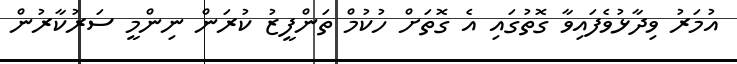
އުމަރު ވިދާޅުވެފައިވާ ގޮތުގައި އެ ގޮތަށް ހުކުމް ތަންފީޒު ކުރަން ނިންމީ ސަރުކާރުން